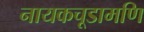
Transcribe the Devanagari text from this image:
नायकचूडामणि